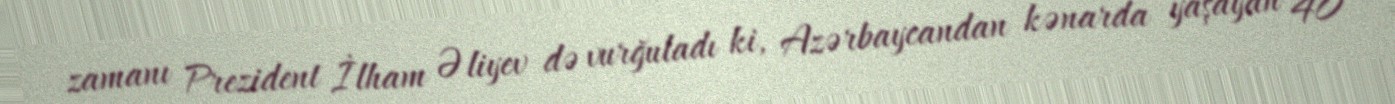
zamanı Prezident İlham Əliyev də vurğuladı ki, Azərbaycandan kənarda yaşayan 40